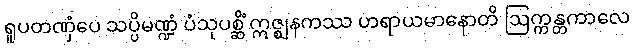
ရူပတဏှံပေ သပ္ပိမဏ္ဍံ ပံသုပစ္ဆိံ ဣဇ္ဈနကဿ ဟရာယမာနောတိ ဩက္ကန္တကာလေ